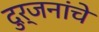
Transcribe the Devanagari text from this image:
दुर्जनांचे